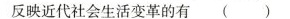
映近代社会生活变革的有 ()